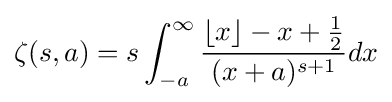
\zeta (s,a)=s\int _{-a}^{\infty }{\frac {\lfloor x\rfloor -x+{\frac {1}{2}}}{(x+a)^{s+1}}}dx